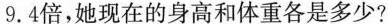
9.4倍，她现在的身高和体重各是多少?